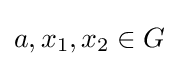
a,x_{1},x_{2}\in G